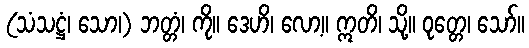
(သံသဋ္ဌံ၊ သော၊) ဘတ္တံ၊ ကို။ ဒေဟိ၊ လော့။ ဣတိ၊ သို့။ ဝုတ္တေ၊ သော်။